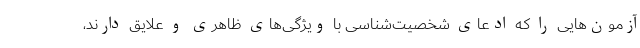
آزمون‌هایی را که ادعای شخصیت‌شناسی با ویژگی‌های ظاهری و علایق دارند،